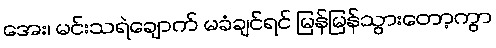
အေး၊ မင်းသရဲချောက် မခံချင်ရင် မြန်မြန်သွားတော့ကွာ